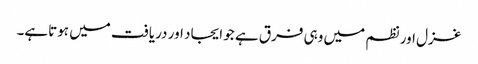
غزل اور نظم میں وہی فرق ہے جو ایجاد اور دریافت میں ہوتاہے۔